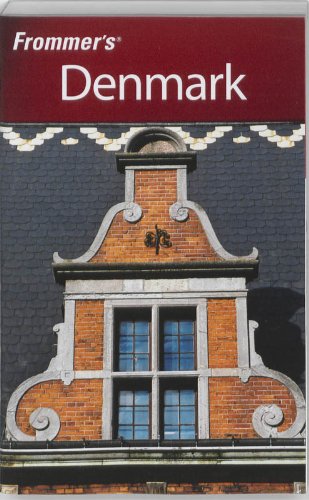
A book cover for Frommer'sÃE Denmark (Frommer's Complete Guides); Darwin Porter; Travel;